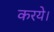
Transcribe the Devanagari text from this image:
करये।